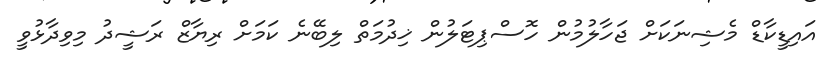
އައިޑީކާޑް މެޝިނަކަށް ޖަހާލުމުން ހޮސްޕިޓަލުން ޚިދުމަތް ލިބޭނެ ކަމަށް ރިޔާޒް ރަޝީދު މިވިދާޅުވީ